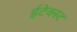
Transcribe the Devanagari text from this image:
ईटेक्स्ट